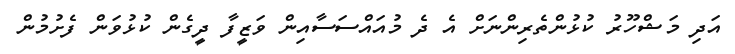
އަދި މަޝްހޫރު ކުޅުންތެރިންނަށް އެ ދެ މުއައްސަސާއިން ވަޒީފާ ދީގެން ކުޅުވަން ފެށުމުން